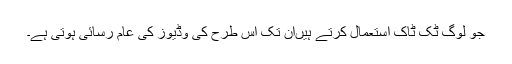
جو لوگ ٹک ٹاک استعمال کرتے ہیںان تک اس طرح کی وڈیوز کی عام رسائی ہوتی ہے۔